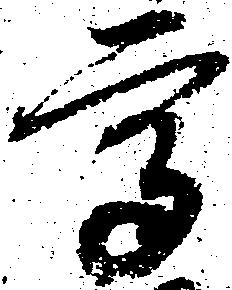
高